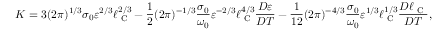
K = 3 ( 2 \pi ) ^ { 1 / 3 } \sigma _ { 0 } \varepsilon ^ { 2 / 3 } \ell _ { \textrm { C } } ^ { 2 / 3 } - \frac { 1 } { 2 } ( 2 \pi ) ^ { - 1 / 3 } \frac { \sigma _ { 0 } } { \omega _ { 0 } } \varepsilon ^ { - 2 / 3 } \ell _ { \textrm { C } } ^ { 4 / 3 } \frac { D \varepsilon } { D T } - \frac { 1 } { 1 2 } ( 2 \pi ) ^ { - 4 / 3 } \frac { \sigma _ { 0 } } { \omega _ { 0 } } \varepsilon ^ { 1 / 3 } \ell _ { \textrm { C } } ^ { 1 / 3 } \frac { D \ell _ { \textrm { C } } } { D T } ,